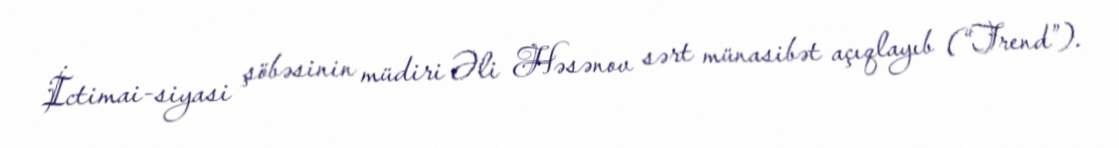
İctimai-siyasi şöbəsinin müdiri Əli Həsənov sərt münasibət açıqlayıb (“Trend”).